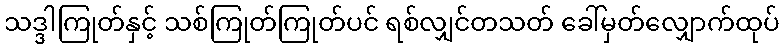
သဒ္ဒါကြုတ်နှင့် သစ်ကြုတ်ကြုတ်ပင် ရစ်လျှင်တသတ် ခေါ်မှတ်လျှောက်ထုပ်